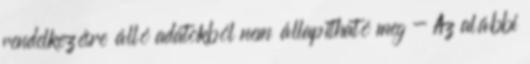
rendelkezésre álló adatokból nem állapítható meg - Az alábbi